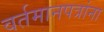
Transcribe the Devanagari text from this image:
वर्तमानपत्रांना